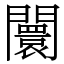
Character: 闤